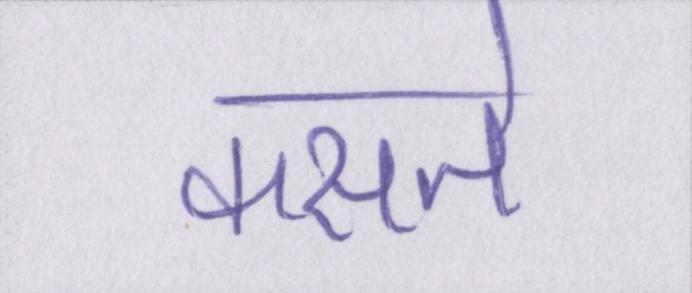
कसते